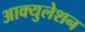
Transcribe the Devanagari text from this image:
आक्युलेशन